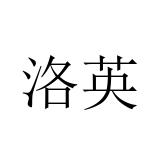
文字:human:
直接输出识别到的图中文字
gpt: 洛英